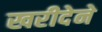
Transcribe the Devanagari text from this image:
खरीदेने